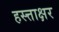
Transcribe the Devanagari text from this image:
हस्त्ताक्षर